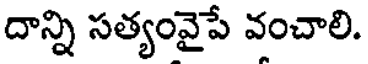
దాన్ని సత్యంవైపే వంచాలి.